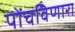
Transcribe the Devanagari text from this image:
पोंचविणारा